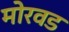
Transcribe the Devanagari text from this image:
मोरवड